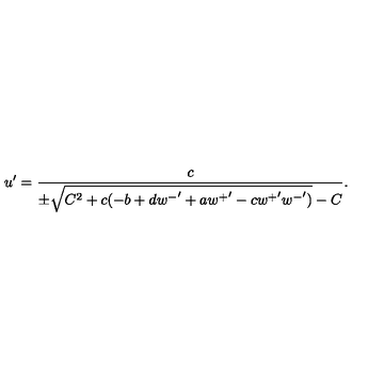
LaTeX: u ^ { \prime } = \frac { c } { \pm \sqrt { C ^ { 2 } + c ( - b + d { w ^ { - } } ^ { \prime } + a { w ^ { + } } ^ { \prime } - c { w ^ { + } } ^ { \prime } { w ^ { - } } ^ { \prime } ) } - C } .